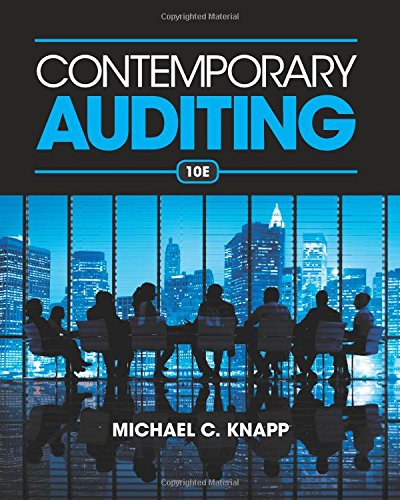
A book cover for Contemporary Auditing; Michael C. Knapp; Business & Money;